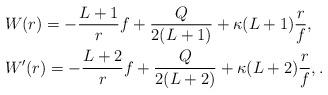
LaTeX: \begin{align*} &W(r) = - \frac{L+1}{r}f + \frac{Q}{2(L+1)} + \kappa(L+1) \frac{r}{f}, \\ &W'(r) = - \frac{L+2}{r}f + \frac{Q}{2(L+2)} + \kappa(L+2) \frac{r}{f},. \end{align*}